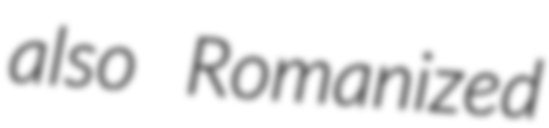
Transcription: also Romanized